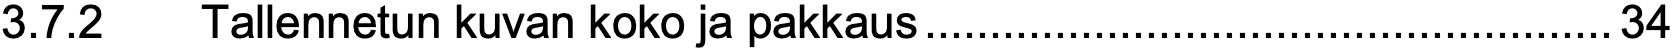
3.7.2  Tallennetun kuvan koko ja pakkaus.....................................................34